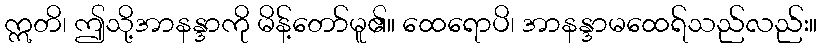
ဣတိ၊ ဤသို့အာနန္ဒာကို မိန့်တော်မူ၏။ ထေရောပိ၊ အာနန္ဒာမထေရ်သည်လည်း။